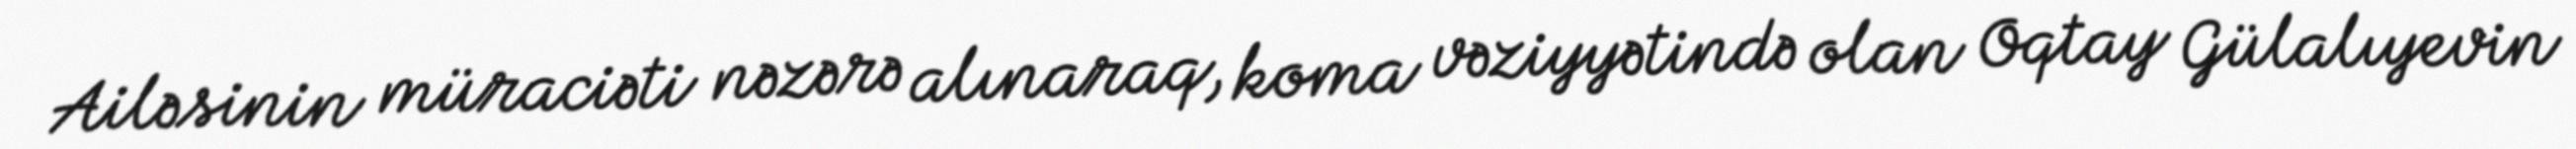
Ailəsinin müraciəti nəzərə alınaraq, koma vəziyyətində olan Oqtay Gülalıyevin